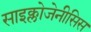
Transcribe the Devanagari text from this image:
साइक्लोजेनीसिस